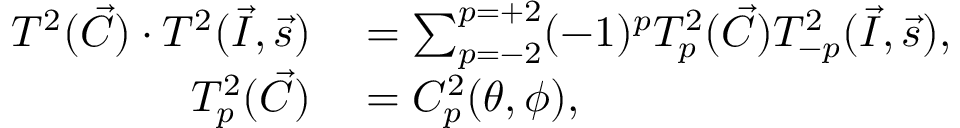
\begin{array} { r l } { T ^ { 2 } ( \vec { C } ) \cdot T ^ { 2 } ( \vec { I } , \vec { s } ) } & { { } = \sum _ { p = - 2 } ^ { p = + 2 } ( - 1 ) ^ { p } T _ { p } ^ { 2 } ( \vec { C } ) T _ { - p } ^ { 2 } ( \vec { I } , \vec { s } ) , } \\ { T _ { p } ^ { 2 } ( \vec { C } ) } & { { } = C _ { p } ^ { 2 } ( \theta , \phi ) , } \end{array}